Indian journal of veterinary science and animal husbandry - Volumes 22-23, 1952-1953
Year: 1952
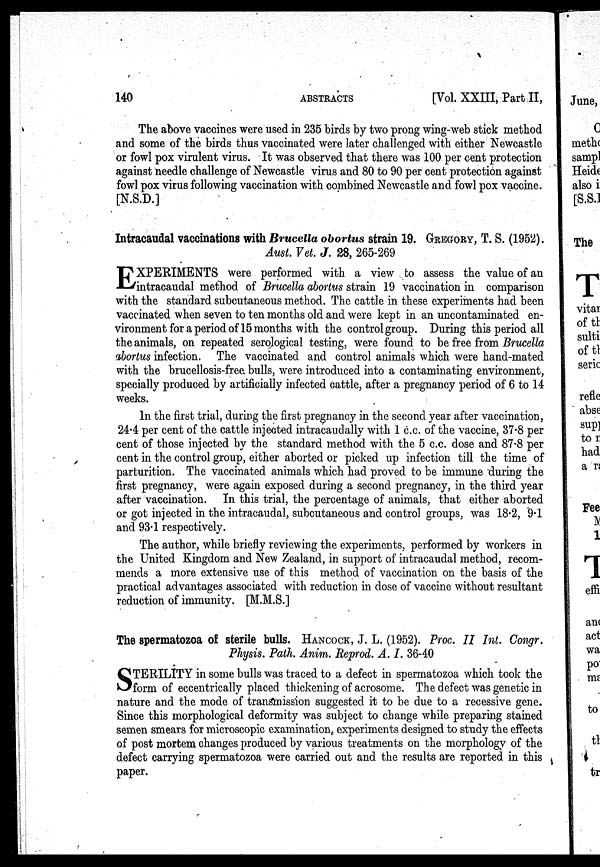
140
ABSTRACTS
[Vol. XXIII, Part II,
The above vaccines were used in 235 birds by two prong wing-web stick method
and some of the birds thus vaccinated were later challenged with either Newcastle
or fowl pox virulent virus. It was observed that there was 100 per cent protection
against needle challenge of Newcastle virus and 80 to 90 per cent protection against
fowl pox virus following vaccination with combined Newcastle and fowl pox vaccine.
[N.S.D.]
Intracaudal vaccinations with Brucella obortus strain 19. GREGORY, T. S. (1952).
Aust. Vet. J. 28, 265-269
E XPERIMENTS were performed with a view to assess the value of an
intracaudal method of Brucella abortus strain 19 vaccination in comparison
with the standard subcutaneous method. The cattle in these experiments had been
vaccinated when seven to ten months old and were kept in an uncontaminated en-
vironment for a period of 15 months with the control group. During this period all
the animals, on repeated serological testing, were found to be free from Brucella
abortus infection. The vaccinated and control animals which were hand-mated
with the brucellosis-free bulls, were introduced into a contaminating environment,
specially produced by artificially infected cattle, after a pregnancy period of 6 to 14
weeks.
In the first trial, during the first pregnancy in the second year after vaccination,
24.4 per cent of the cattle injected intracaudally with 1 c.c. of the vaccine, 37.8 per
cent of those injected by the standard method with the 5 c.c. dose and 87.8 per
cent in the control group, either aborted or picked up infection till the time of
parturition. The vaccinated animals which had proved to be immune during the
first pregnancy, were again exposed during a second pregnancy, in the third year
after vaccination. In this trial, the percentage of animals, that either aborted
or got injected in the intracaudal, subcutaneous and control groups, was 18.2, 9.1
and 93.1 respectively.
The author, while briefly reviewing the experiments, performed by workers in
the United Kingdom and New Zealand, in support of intracaudal method, recom-
mends a more extensive use of this method of vaccination on the basis of the
practical advantages associated with reduction in dose of vaccine without resultant
reduction of immunity. [M.M.S.]
The spermatozoa of sterile bulls. HANCOCK, J. L. (1952). Proc. II Int. Congr.
Physis. Path. Anim. Reprod. A. I. 36-40
S TERILITY in some bulls was traced to a defect in spermatozoa which took the
form of eccentrically placed thickening of acrosome. The defect was genetic in
nature and the mode of transmission suggested it to be due to a recessive gene.
Since this morphological deformity was subject to change while preparing stained
semen smears for microscopic examination, experiments designed to study the effects
of post mortem changes produced by various treatments on the morphology of the
defect carrying spermatozoa were carried out and the results are reported in this
paper.